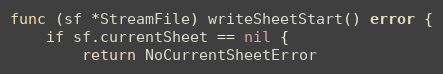
Language: Go
func (sf *StreamFile) writeSheetStart() error {
	if sf.currentSheet == nil {
		return NoCurrentSheetError